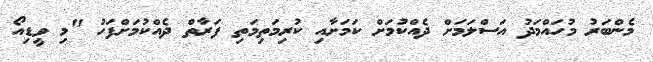
މެންބަރު މުހައްމަދު އަސްލަމަށް ދެއްކުމަށް ކަމަށާއި ކުރިމަތިމަތި ފަރާތް ދެއްކުމަށްފަހު "މި ވީޑިއޯ